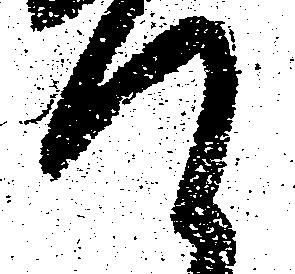
て